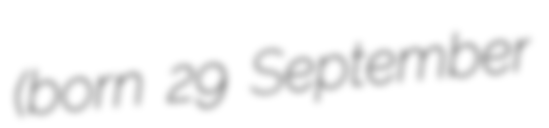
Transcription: (born 29 September